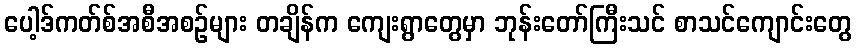
ပေါ့ဒ်ကတ်စ်အစီအစဉ်များ တချိန်က ကျေးရွာတွေမှာ ဘုန်းတော်ကြီးသင် စာသင်ကျောင်းတွေ